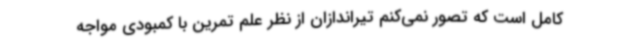
کامل است که تصور نمی‌کنم تیراندازان از نظر علم تمرین با کمبودی مواجه